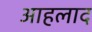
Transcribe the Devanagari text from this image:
आहलाद